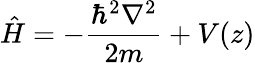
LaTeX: \hat{H}=-\frac{\hbar^{2}\nabla^{2}}{2m}+V(z)